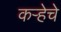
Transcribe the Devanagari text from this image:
कऱ्हेचे